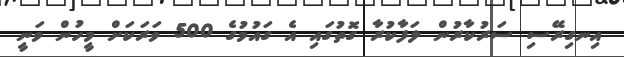
އިނގިރޭސި ސަރުކާރުން ލަފާކުރާ ގޮތުގައި އެ ގައުމުގެ 500 ވަރަކަށް މީހުން ވަނީ